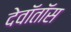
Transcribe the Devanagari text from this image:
देवॉतॉस